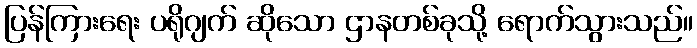
ပြန်ကြားရေး ပရိုဂျက် ဆိုသော ဌာနတစ်ခုသို့ ရောက်သွားသည်။